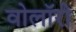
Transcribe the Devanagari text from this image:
वोलॉरी